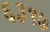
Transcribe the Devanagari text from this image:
६३९७